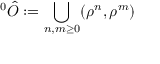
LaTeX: ^ { 0 } \hat { O } : = \bigcup _ { n , m \geq 0 } ( \rho ^ { n } , \rho ^ { m } )